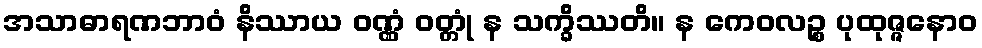
အသာဓာရဏဘာဝံ နိဿာယ ဝဏ္ဏံ ဝတ္တုံ န သက္ခိဿတိ။ န ကေဝလဉ္စ ပုထုဇ္ဇနောဝ